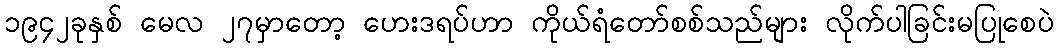
၁၉၄၂ခုနှစ် မေလ ၂၇မှာတော့ ဟေးဒရပ်ဟာ ကိုယ်ရံတော်စစ်သည်များ လိုက်ပါခြင်းမပြုစေပဲ